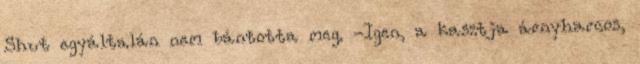
Shut egyáltalán nem bántotta meg. -Igen, a kasztja árnyharcos,